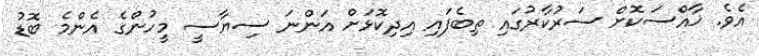
އެވެ. ޚާއްސަކޮށް ސަރުކާރުގައި ތިބެފައި އިދިކޮޅަށް އަންނަ ސިޔާސީ މީހުންގެ އެންމެ ބޮޑު